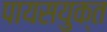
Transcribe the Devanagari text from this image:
पायसयुक्त